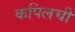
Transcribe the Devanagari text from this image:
कपिलची